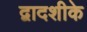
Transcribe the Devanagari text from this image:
द्वादशीके